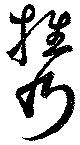
携